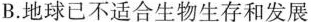
B.地球已不适合生物生存和发展